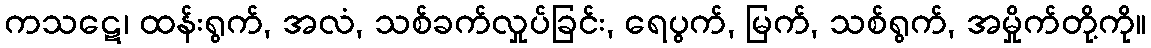
ကသဋေ၊ ထန်းရွက်, အလံ, သစ်ခက်လှုပ်ခြင်း, ရေပွက်, မြက်, သစ်ရွက်, အမှိုက်တို့ကို။